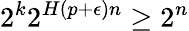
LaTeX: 2^{k}2^{H(p+\epsilon)n}\geq 2^{n}